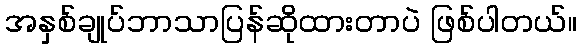
အနှစ်ချုပ်ဘာသာပြန်ဆိုထားတာပဲ ဖြစ်ပါတယ်။